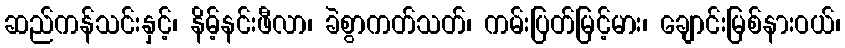
ဆည်ကန်သင်းနှင့်၊ နိမ့်နင်းဖီလာ၊ ခဲစွာကတ်သတ်၊ ကမ်းပြတ်မြင့်မား၊ ချောင်းမြစ်နားဝယ်၊